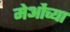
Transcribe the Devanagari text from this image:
मेओंच्या